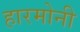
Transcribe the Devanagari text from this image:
हारमोनी